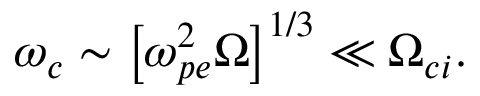
\omega _ { c } \sim \left[ \omega _ { p e } ^ { 2 } \Omega \right] ^ { 1 / 3 } \ll \Omega _ { c i } .